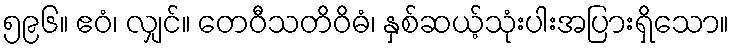
၅၉၆။ ဧဝံ၊ လျှင်။ တေဝီသတိဝိဓံ၊ နှစ်ဆယ့်သုံးပါးအပြားရှိသော။